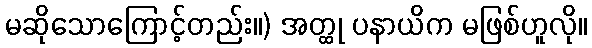
မဆိုသောကြောင့်တည်း။) အတ္ထု ပနာယိက မဖြစ်ဟူလို။